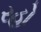
રહો